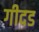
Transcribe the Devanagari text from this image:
गीदड